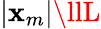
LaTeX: |\mathbf{x}_{m}|\llL